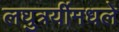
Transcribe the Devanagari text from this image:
लघुत्रयींमधले